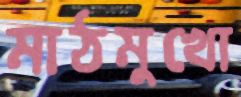
মাঠমুখো